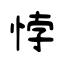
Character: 悖